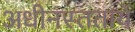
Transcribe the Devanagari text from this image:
अधीनस्ततायें